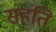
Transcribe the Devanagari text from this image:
संहंति